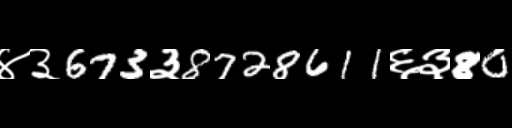
Text: ४३673३8728611६३80